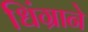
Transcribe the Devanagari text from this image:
धिंग्राने